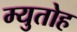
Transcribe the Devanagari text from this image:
म्युतोह